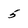
Character: 5